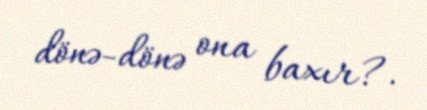
dönə-dönə ona baxır?.